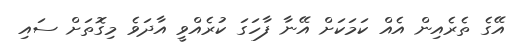
އޭގެ ތެރެއިން އެއް ކަމަކަށް އޭނާ ފާހަގަ ކުރެއްވީ އާދަވެ މިގޮތަށް ސައި